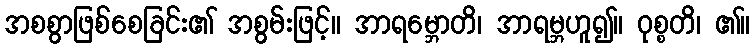
အစစွာဖြစ်စေခြင်း၏ အစွမ်းဖြင့်။ အာရမ္ဘောတိ၊ အာရမ္ဘဟူ၍။ ဝုစ္စတိ၊ ၏။